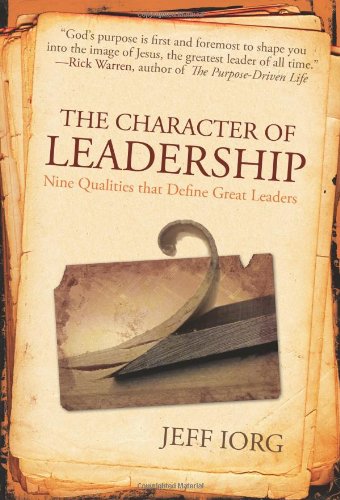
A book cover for The Character of Leadership: Nine Qualities that Define Great Leaders; Jeff Iorg; Religion & Spirituality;